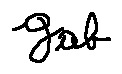
g _ { a b }